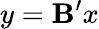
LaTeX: y=\mathbf{B^{\prime}}x